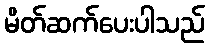
မိတ်ဆက်ပေးပါသည်